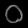
Digit: ၀